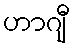
ဟာဂျီ